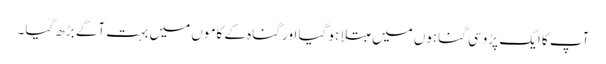
آپ کا ایک پڑوسی گناہوں میں مبتلا ہو گیا اور گناہ کے کاموں میں بہت آگے بڑھ گیا۔